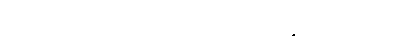
ရောင်ပြိုးပြက်သည်။ ။ ဖိုလ်မဂ်နိဗ္ဗာန် စူးစူးတည်း။